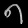
Digit: ၈